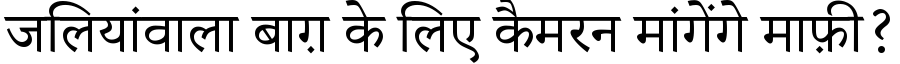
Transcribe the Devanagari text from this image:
जलियांवाला बाग़ के लिए कैमरन मांगेंगे माफ़ी?